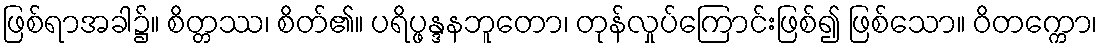
ဖြစ်ရာအခါ၌။ စိတ္တဿ၊ စိတ်၏။ ပရိပ္ဖန္ဒနဘူတော၊ တုန်လှုပ်ကြောင်းဖြစ်၍ ဖြစ်သော။ ဝိတက္ကော၊